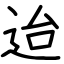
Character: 迨